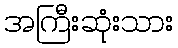
အကြီးဆုံးသား